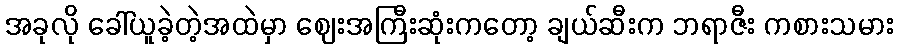
အခုလို ခေါ်ယူခဲ့တဲ့အထဲမှာ ဈေးအကြီးဆုံးကတော့ ချယ်ဆီးက ဘရာဇီး ကစားသမား